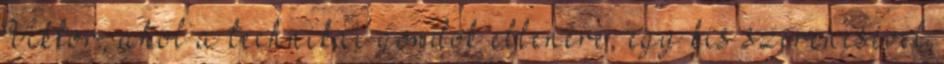
Viktor, ahol a technikai gondok ellenére, egy kis szerencsével